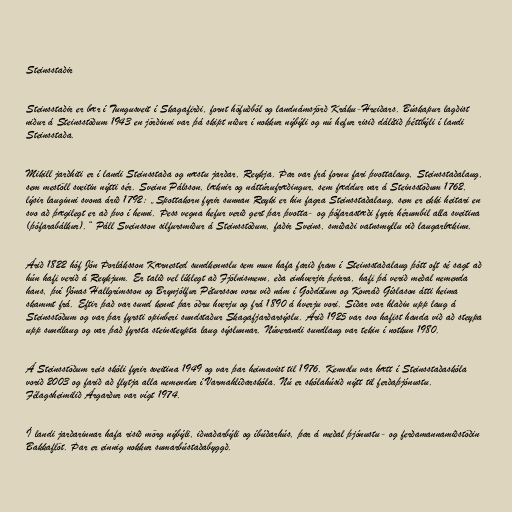
Steinsstaðir

Steinsstaðir er bær í Tungusveit í Skagafirði, fornt höfuðból og landnámsjörð Kráku-Hreiðars. Búskapur lagðist
niður á Steinsstöðum 1943 en jörðinni var þá skipt niður í nokkur nýbýli og nú hefur risið dálítið þéttbýli í landi
Steinsstaða.

Mikill jarðhiti er í landi Steinsstaða og næstu jarðar, Reykja. Þar var frá fornu fari þvottalaug, Steinsstaðalaug,
sem mestöll sveitin nýtti sér. Sveinn Pálsson, læknir og náttúrufræðingur, sem fæddur var á Steinsstöðum 1762,
lýsir lauginni svona árið 1792: „Spottakorn fyrir sunnan Reyki er hin fagra Steinsstaðalaug, sem er ekki heitari en
svo að þægilegt er að þvo í henni. Þess vegna hefur verið gert þar þvotta- og þófarastæði fyrir hérumbil alla sveitina
(þófara­bálkur).“ Páll Sveinsson silfursmiður á Steinsstöðum, faðir Sveins, smíðaði vatnsmyllu við laugarlækinn.

Árið 1822 hóf Jón Þorláksson Kærnested sundkennslu sem mun hafa farið fram í Steinsstaðalaug þótt oft sé sagt að
hún hafi verið á Reykjum. Er talið vel líklegt að Fjölnismenn, eða einhverjir þeirra, hafi þá verið meðal nemenda
hans, því Jónas Hallgrímsson og Brynjólfur Pétursson voru við nám í Goðdölum og Konráð Gíslason átti heima
skammt frá. Eftir það var sund kennt þar öðru hverju og frá 1890 á hverju vori. Síðar var hlaðin upp laug á
Steinsstöðum og var þar fyrsti opinberi sundstaður Skagafjarðarsýslu. Árið 1925 var svo hafist handa við að steypa
upp sundlaug og var það fyrsta steinsteypta laug sýslunnar. Núverandi sundlaug var tekin í notkun 1980.

Á Steinsstöðum reis skóli fyrir sveitina 1949 og var þar heimavist til 1976. Kennslu var hætt í Steinsstaðaskóla
vorið 2003 og farið að flytja alla nemendur í Varmahlíðarskóla. Nú er skólahúsið nýtt til ferðaþjónustu.
Félagsheimilið Árgarður var vígt 1974.

Í landi jarðarinnar hafa risið mörg nýbýli, iðnaðarbýli og íbúðarhús, þar á meðal þjónustu- og ferðamannamiðstöðin
Bakkaflöt. Þar er einnig nokkur sumarbústaðabyggð.